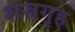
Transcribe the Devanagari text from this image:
शस्रगृह